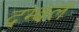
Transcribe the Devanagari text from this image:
दम्बल